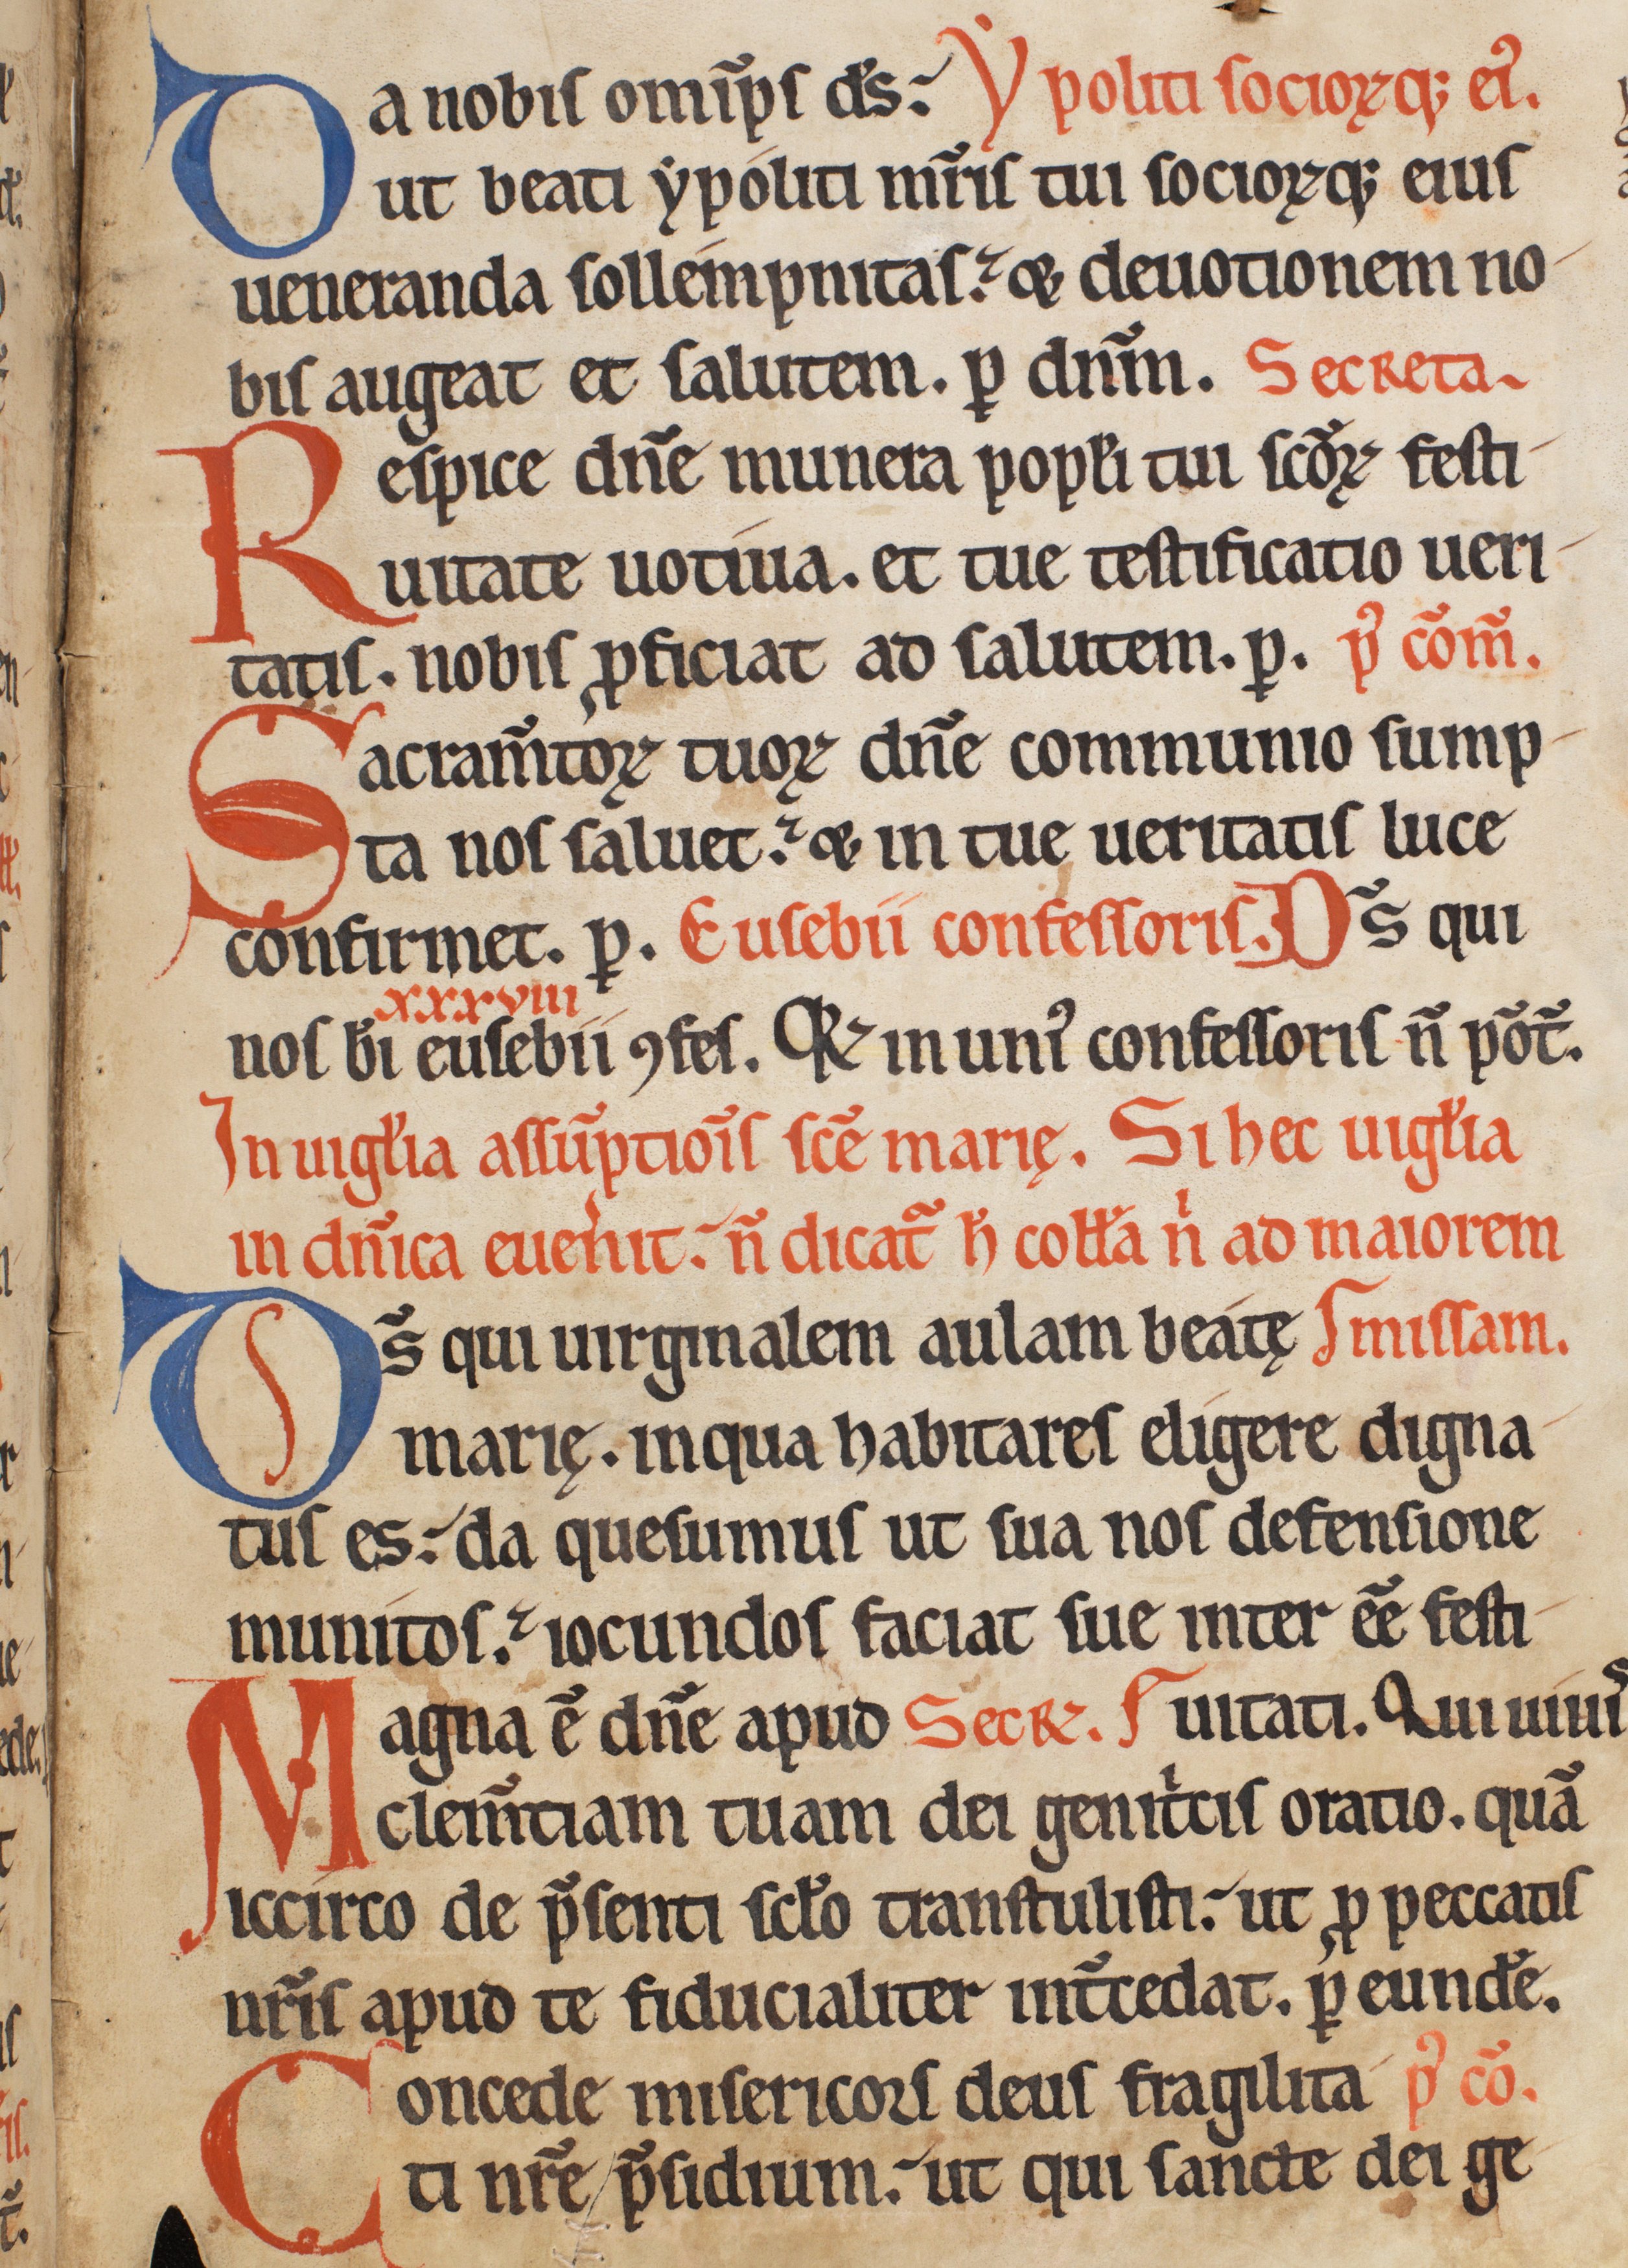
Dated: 1185–1215